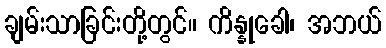
ချမ်းသာခြင်းတို့တွင်။ ကိန္နုခေါ၊ အဘယ်